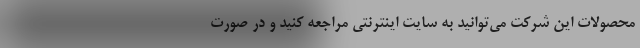
محصولات این شرکت می‌توانید به سایت اینترنتی مراجعه کنید و در صورت